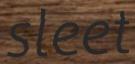
sleet